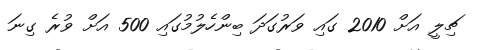
ޗިލީ އަށް 2010 ގައި ވަރުގަދަ ބިންހެލުމުގައި 500 އަށް ވުރެ ގިނަ